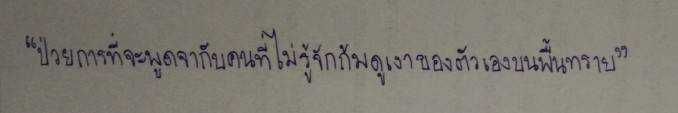
"ป่วยการที่จะพูดจากับคนที่ไม่รู้จักก้มดูเงาของตัวเองบนพื้นทราย"